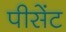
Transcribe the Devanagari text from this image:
पीसेंट